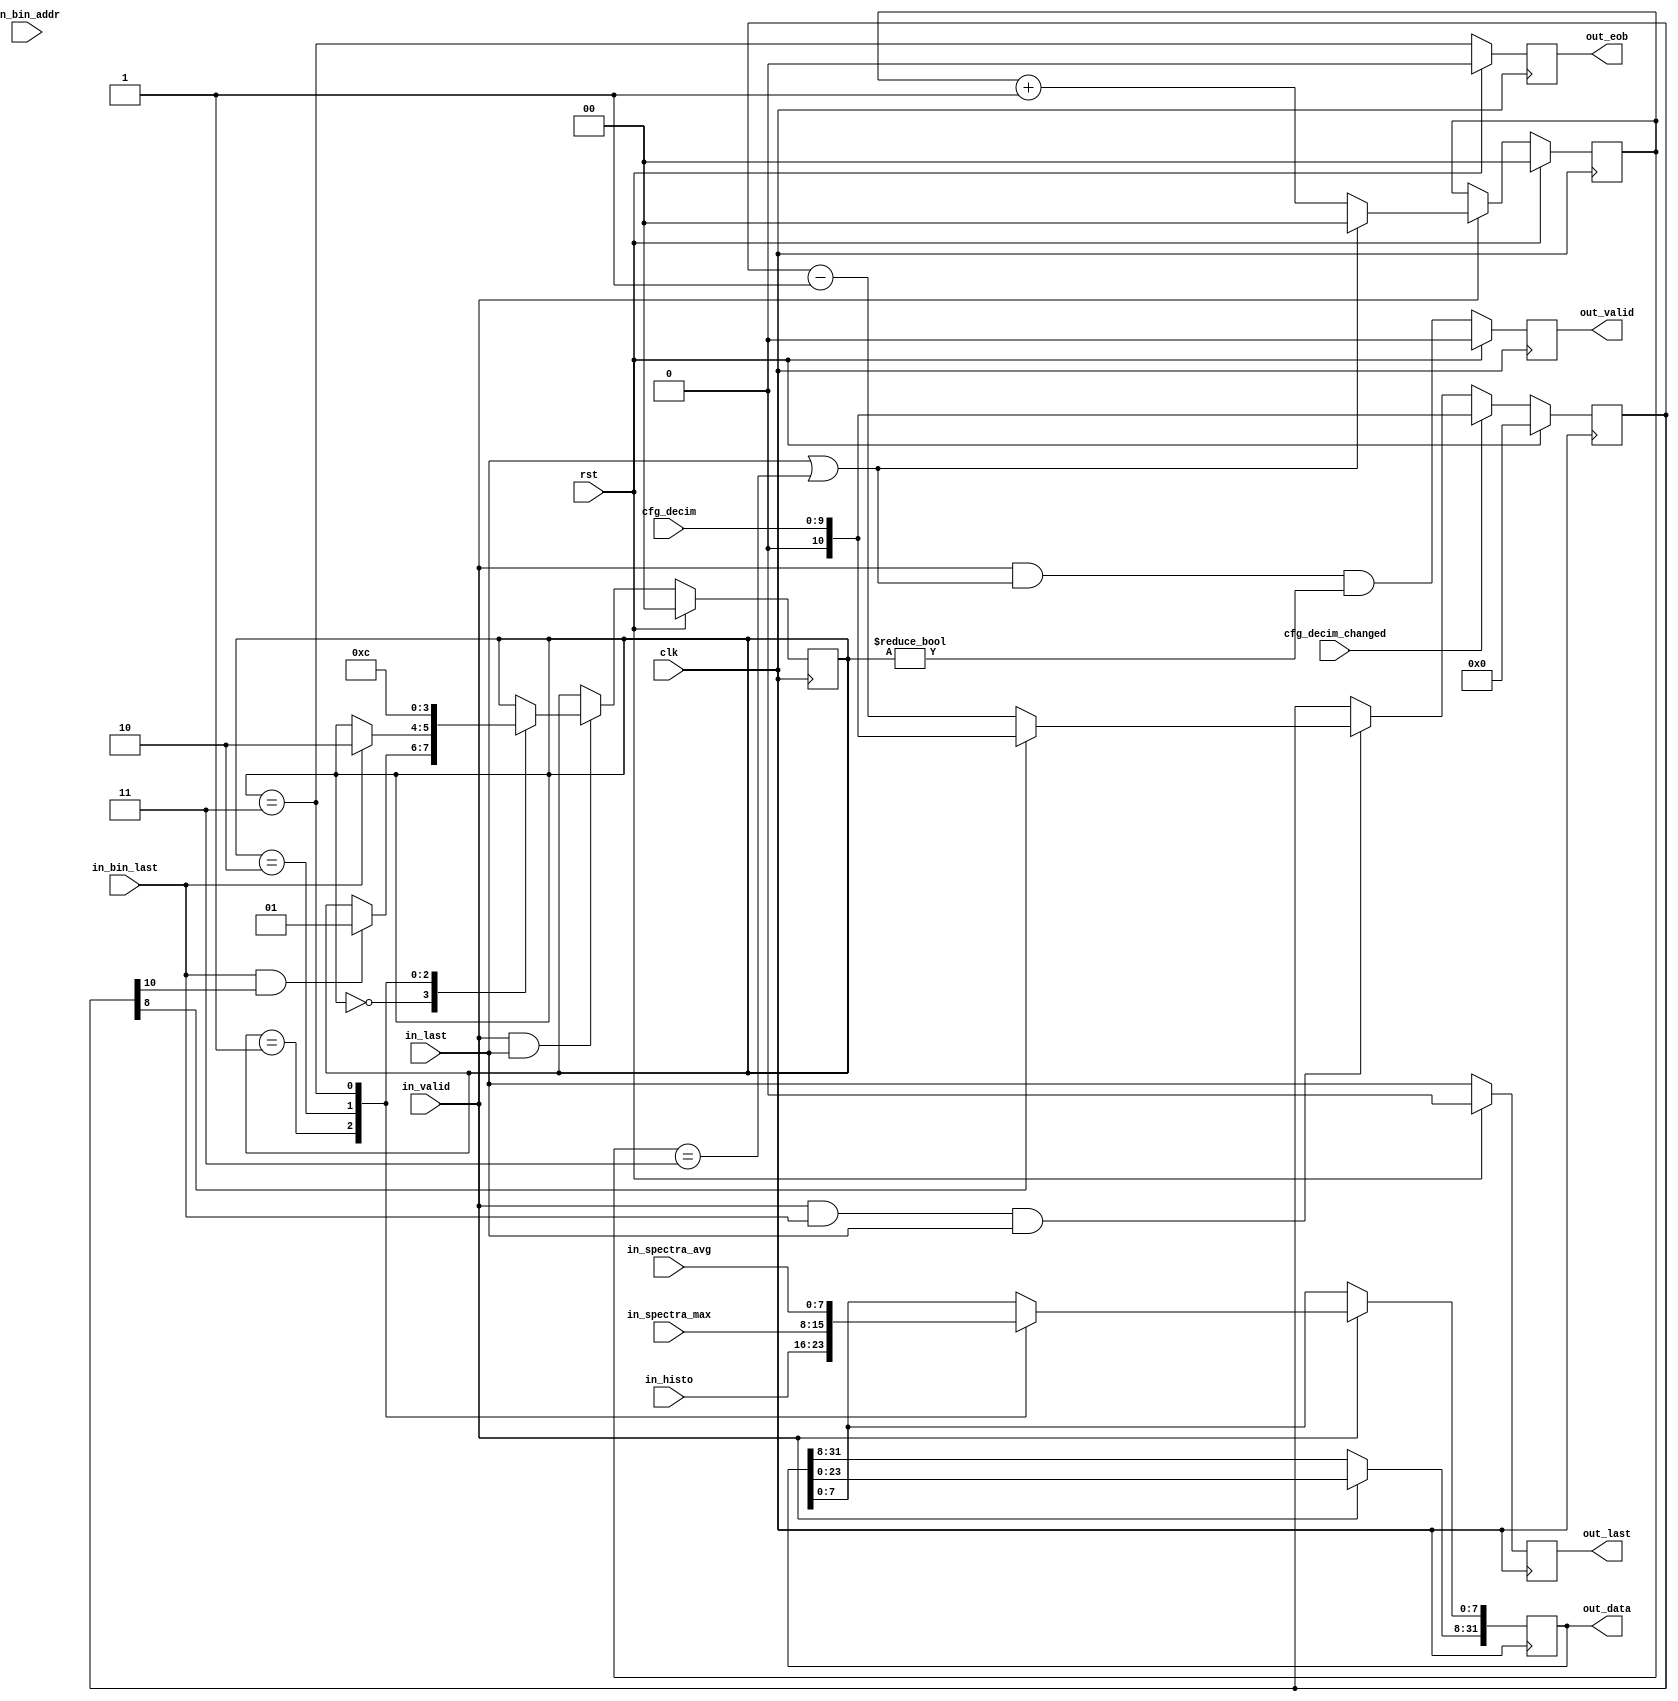
/*
 * f15_packetizer.v
 *
 * Copyright (C) 2015  Ettus Corporation LLC
 * Copyright 2018 Ettus Research, a National Instruments Company
 *
 * SPDX-License-Identifier: LGPL-3.0-or-later
 *
 * vim: ts=4 sw=4
 */

`ifdef SIM
`default_nettype none
`endif

module f15_packetizer #(
	parameter integer BIN_WIDTH = 6,
	parameter integer DECIM_WIDTH = 10
)(
	input  wire [BIN_WIDTH-1:0] in_bin_addr,
	input  wire in_bin_last,
	input  wire [7:0] in_histo,
	input  wire [7:0] in_spectra_max,
	input  wire [7:0] in_spectra_avg,
	input  wire in_last,
	input  wire in_valid,

	output reg [31:0] out_data,
	output reg out_last,
	output reg out_eob,
	output reg out_valid,

	input  wire [DECIM_WIDTH-1:0] cfg_decim,
	input  wire cfg_decim_changed,

	input  wire clk,
	input  wire rst
);

	// FSM
	localparam
		ST_WAIT = 0,
		ST_SEND_HISTO = 1,
		ST_SEND_MAX = 2,
		ST_SEND_AVG = 3;

	reg [1:0] state;

	// Signals
	reg [DECIM_WIDTH:0] decim_cnt;
	reg [1:0] bcnt;

	// 1-in-N decimation counter
	always @(posedge clk)
	begin
		if (rst)
			decim_cnt <= 0;
		else if (cfg_decim_changed)
			// Force Reload
			decim_cnt <= { 1'b0, cfg_decim };
		else if (in_valid & in_bin_last & in_last)
			if (decim_cnt[8])
				// Reload
				decim_cnt <= { 1'b0, cfg_decim };
			else
				// Just decrement
				decim_cnt <= decim_cnt - 1;
	end

	// FSM
	always @(posedge clk)
	begin
		if (rst)
			state <= ST_WAIT;
		else if (in_valid & in_last)
			case (state)
				ST_WAIT:
					if (in_bin_last & decim_cnt[DECIM_WIDTH])
						state <= ST_SEND_HISTO;

				ST_SEND_HISTO:
					if (in_bin_last)
						state <= ST_SEND_MAX;

				ST_SEND_MAX:
					state <= ST_SEND_AVG;

				ST_SEND_AVG:
					state <= ST_WAIT;
			endcase
	end

	// Byte counter
	always @(posedge clk)
	begin
		if (rst)
			bcnt <= 2'b00;
		else if (in_valid)
			if (in_last | (bcnt == 2'b11))
				bcnt <= 2'b00;
			else
				bcnt <= bcnt + 1;
	end

	// Input mux & shift register
	always @(posedge clk)
	begin
		if (in_valid)
		begin
			// Shift
			out_data[31:8] <= out_data[23:0];

			// New LSBs
			case (state)
				ST_SEND_HISTO: out_data[7:0] <= in_histo;
				ST_SEND_MAX:   out_data[7:0] <= in_spectra_max;
				ST_SEND_AVG:   out_data[7:0] <= in_spectra_avg;
			endcase
		end
	end

	// Output last, eob, valid
	always @(posedge clk)
	begin
		if (rst) begin
			out_last  <= 1'b0;
			out_eob   <= 1'b0;
			out_valid <= 1'b0;
		end else begin
			out_last  <= in_last;
			out_eob   <= (state == ST_SEND_AVG);
			out_valid <= in_valid & (in_last | bcnt == 2'b11) & (state != ST_WAIT);
		end
	end

endmodule // f15_packetizer